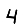
Digit: 4